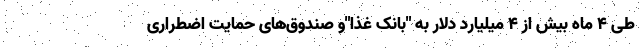
طی 4 ماه بیش از 4 میلیارد دلار به "بانک غذا"و صندوق‌های حمایت اضطراری